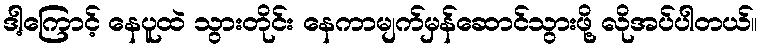
ဒါ့ကြောင့် နေပူထဲ သွားတိုင်း နေကာမျက်မှန်ဆောင်သွားဖို့ လိုအပ်ပါတယ်။